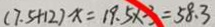
( 7 . 5 + 1 2 ) x = 1 9 . 5 \times 3 = 5 8 . 3